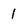
Character: 1